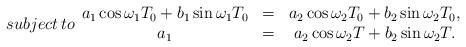
LaTeX: \begin{align*}subject\,to\begin{array}{ccc}a_{1}\cos\omega_{1}T_{0}+b_{1}\sin\omega_{1}T_{0} & = & a_{2}\cos\omega_{2}T_{0}+b_{2}\sin\omega_{2}T_{0},\\a_{1} & = & a_{2}\cos\omega_{2}T+b_{2}\sin\omega_{2}T.\end{array}\end{align*}